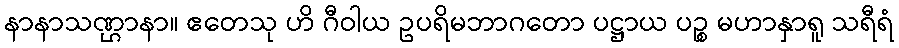
နာနာသဏ္ဌာနာ။ ဧတေသု ဟိ ဂီဝါယ ဥပရိမဘာဂတော ပဋ္ဌာယ ပဉ္စ မဟာနှာရူ သရီရံ